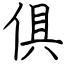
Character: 俱